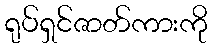
ရုပ်ရှင်ဇာတ်ကားကို